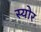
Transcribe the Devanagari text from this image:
स्योर